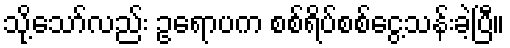
သို့သော်လည်း ဥရောပက စစ်ရိပ်စစ်ငွေ့သန်းခဲ့ပြီ။